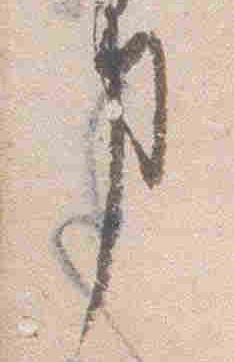
事